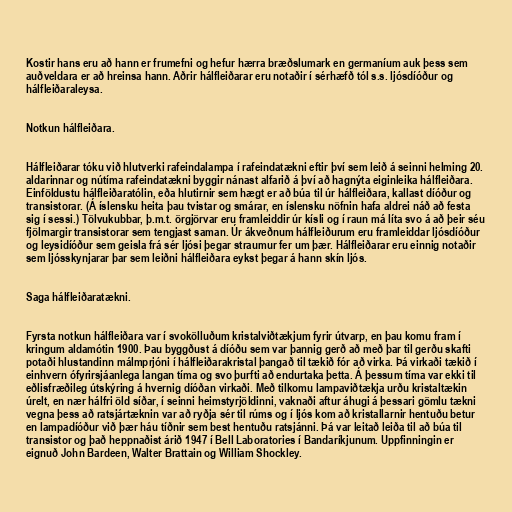
Kostir hans eru að hann er frumefni og hefur hærra bræðslumark en germaníum auk þess sem
auðveldara er að hreinsa hann. Aðrir hálfleiðarar eru notaðir í sérhæfð tól s.s. ljósdíóður og
hálfleiðaraleysa.

Notkun hálfleiðara.

Hálfleiðarar tóku við hlutverki rafeindalampa í rafeindatækni eftir því sem leið á seinni helming 20.
aldarinnar og nútíma rafeindatækni byggir nánast alfarið á því að hagnýta eiginleika hálfleiðara.
Einföldustu hálfleiðaratólin, eða hlutirnir sem hægt er að búa til úr hálfleiðara, kallast díóður og
transistorar. (Á íslensku heita þau tvistar og smárar, en íslensku nöfnin hafa aldrei náð að festa
sig í sessi.) Tölvukubbar, þ.m.t. örgjörvar eru framleiddir úr kísli og í raun má líta svo á að þeir séu
fjölmargir transistorar sem tengjast saman. Úr ákveðnum hálfleiðurum eru framleiddar ljósdíóður
og leysidíóður sem geisla frá sér ljósi þegar straumur fer um þær. Hálfleiðarar eru einnig notaðir
sem ljósskynjarar þar sem leiðni hálfleiðara eykst þegar á hann skín ljós.

Saga hálfleiðaratækni.

Fyrsta notkun hálfleiðara var í svokölluðum kristalviðtækjum fyrir útvarp, en þau komu fram í
kringum aldamótin 1900. Þau byggðust á díóðu sem var þannig gerð að með þar til gerðu skafti
potaði hlustandinn málmprjóni í hálfleiðarakristal þangað til tækið fór að virka. Þá virkaði tækið í
einhvern ófyrirsjáanlega langan tíma og svo þurfti að endurtaka þetta. Á þessum tíma var ekki til
eðlisfræðileg útskýring á hvernig díóðan virkaði. Með tilkomu lampaviðtækja urðu kristaltækin
úrelt, en nær hálfri öld síðar, í seinni heimstyrjöldinni, vaknaði aftur áhugi á þessari gömlu tækni
vegna þess að ratsjártæknin var að ryðja sér til rúms og í ljós kom að kristallarnir hentuðu betur
en lampadíóður við þær háu tíðnir sem best hentuðu ratsjánni. Þá var leitað leiða til að búa til
transistor og það heppnaðist árið 1947 í Bell Laboratories í Bandaríkjunum. Uppfinningin er
eignuð John Bardeen, Walter Brattain og William Shockley.